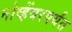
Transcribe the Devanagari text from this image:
नोव्हेंबरपर्यंत